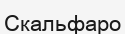
Скальфаро